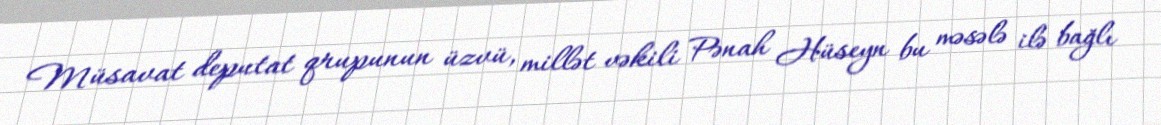
Müsavat deputat qrupunun üzvü, millət vəkili Pənah Hüseyn bu məsələ ilə bağlı